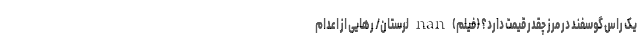
یک راس گوسفند در مرز چقدر قیمت دارد؟ (فیلم) nan لرستان/ رهایی از اعدام